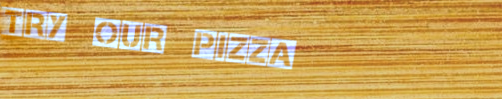
Try Our Pizza